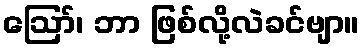
ဪ၊ ဘာ ဖြစ်လို့လဲခင်ဗျာ။